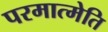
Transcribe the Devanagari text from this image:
परमात्मेति